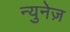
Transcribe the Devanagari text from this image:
न्युनेज़